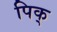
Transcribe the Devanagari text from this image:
पिक्